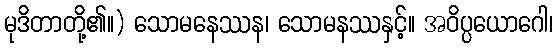
မုဒိတာတို့၏။) သောမနေဿန၊ သောမနဿနှင့်။ အဝိပ္ပယောဂေါ၊